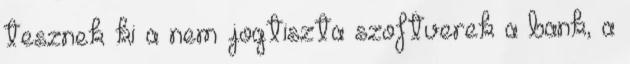
tesznek ki a nem jogtiszta szoftverek a bank, a